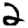
Digit: 2